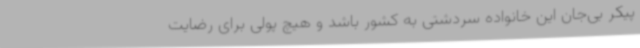
پیکر بی‌جان این خانواده سردشتی به کشور باشد و هیچ پولی برای رضایت